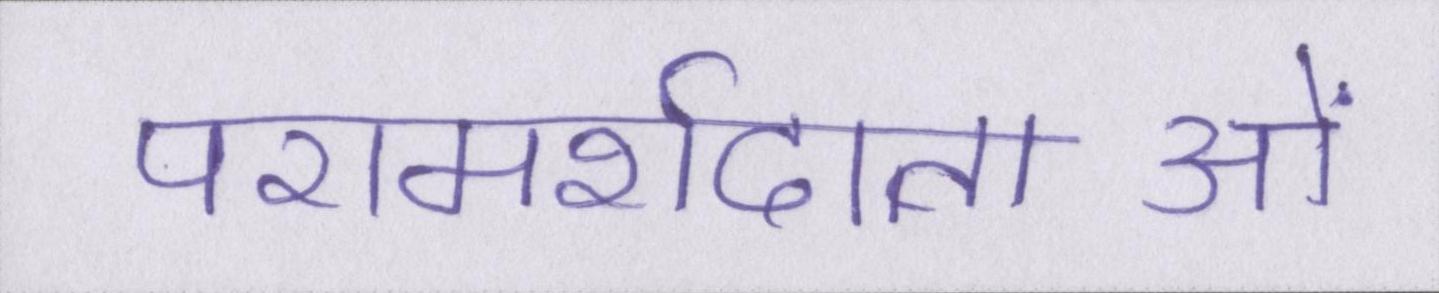
परामर्शदाताओं